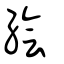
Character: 繪